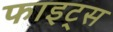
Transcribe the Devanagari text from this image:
फाइट्स